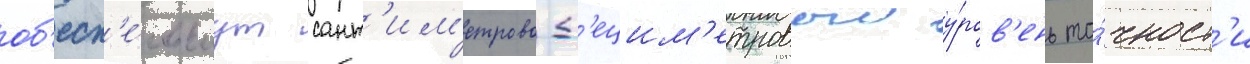
об'есп'е́чиваут сант'им'етрово-д'ецим'етровыи у́ров'ень то́чност'и